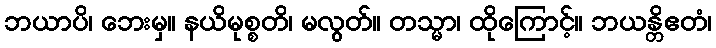
ဘယာပိ၊ ဘေးမှ။ နယိမုစ္စတိ၊ မလွတ်။ တသ္မာ၊ ထိုကြောင့်။ ဘယန္တိဧတံ၊